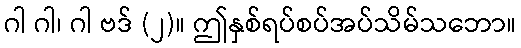
ဂါ ဂါ၊ ဂါ ဗဒ် (၂)။ ဤနှစ်ရပ်စပ်အပ်သိမ်သဘော။